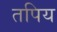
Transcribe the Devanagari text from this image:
तपिय